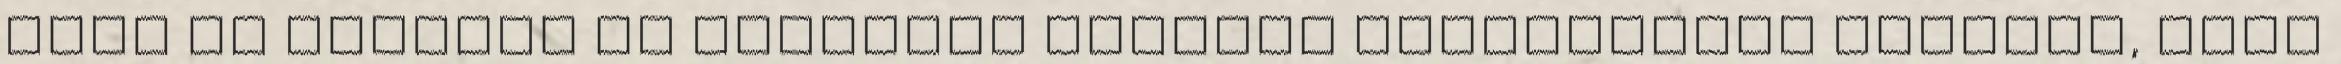
Soha ne felejts el embernek maradni Elterveztél valamit, amit